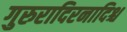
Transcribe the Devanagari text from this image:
गुरुरादिरनादिश्च